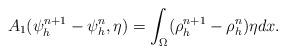
LaTeX: \begin{align*}A_1( \psi_h^{n+1}-\psi_h^n, \eta) =\int_{\Omega} ( \rho_h^{n+1} -\rho^n_h)\eta dx.\end{align*}